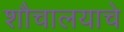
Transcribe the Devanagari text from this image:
शौचालयाचे